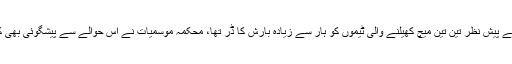
خراب موسم کے پیش نظر تین تین میچ کھیلنے والی ٹیموں کو ہار سے زیادہ بارش کا ڈر تھا، محکمہ موسمیات نے اس حوالے سے پیشگوئی بھی کر رکھی تھی۔